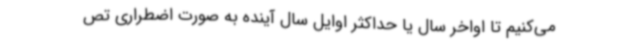
می‌کنیم تا اواخر سال یا حداکثر اوایل سال آینده به صورت اضطراری تص